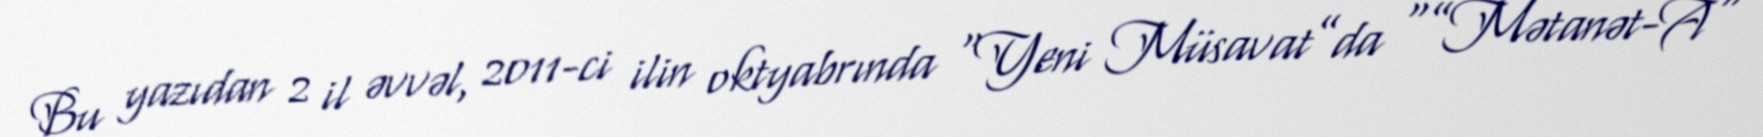
Bu yazıdan 2 il əvvəl, 2011-ci ilin oktyabrında “Yeni Müsavat”da “”Mətanət-A"